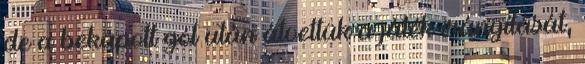
de a bekapott gól után átvettük a játék irányítását,